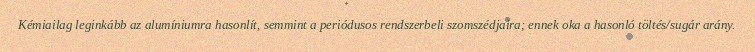
Kémiailag leginkább az alumíniumra hasonlít, semmint a periódusos rendszerbeli szomszédjaira; ennek oka a hasonló töltés/sugár arány.